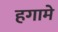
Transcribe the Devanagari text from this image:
हगामे